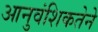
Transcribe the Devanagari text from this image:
आनुवंशिकतेने